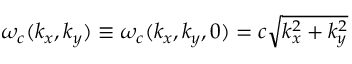
\omega _ { c } ( { k _ { x } , k _ { y } } ) \equiv \omega _ { c } ( { k _ { x } , k _ { y } , 0 } ) = c \sqrt { k _ { x } ^ { 2 } + k _ { y } ^ { 2 } }